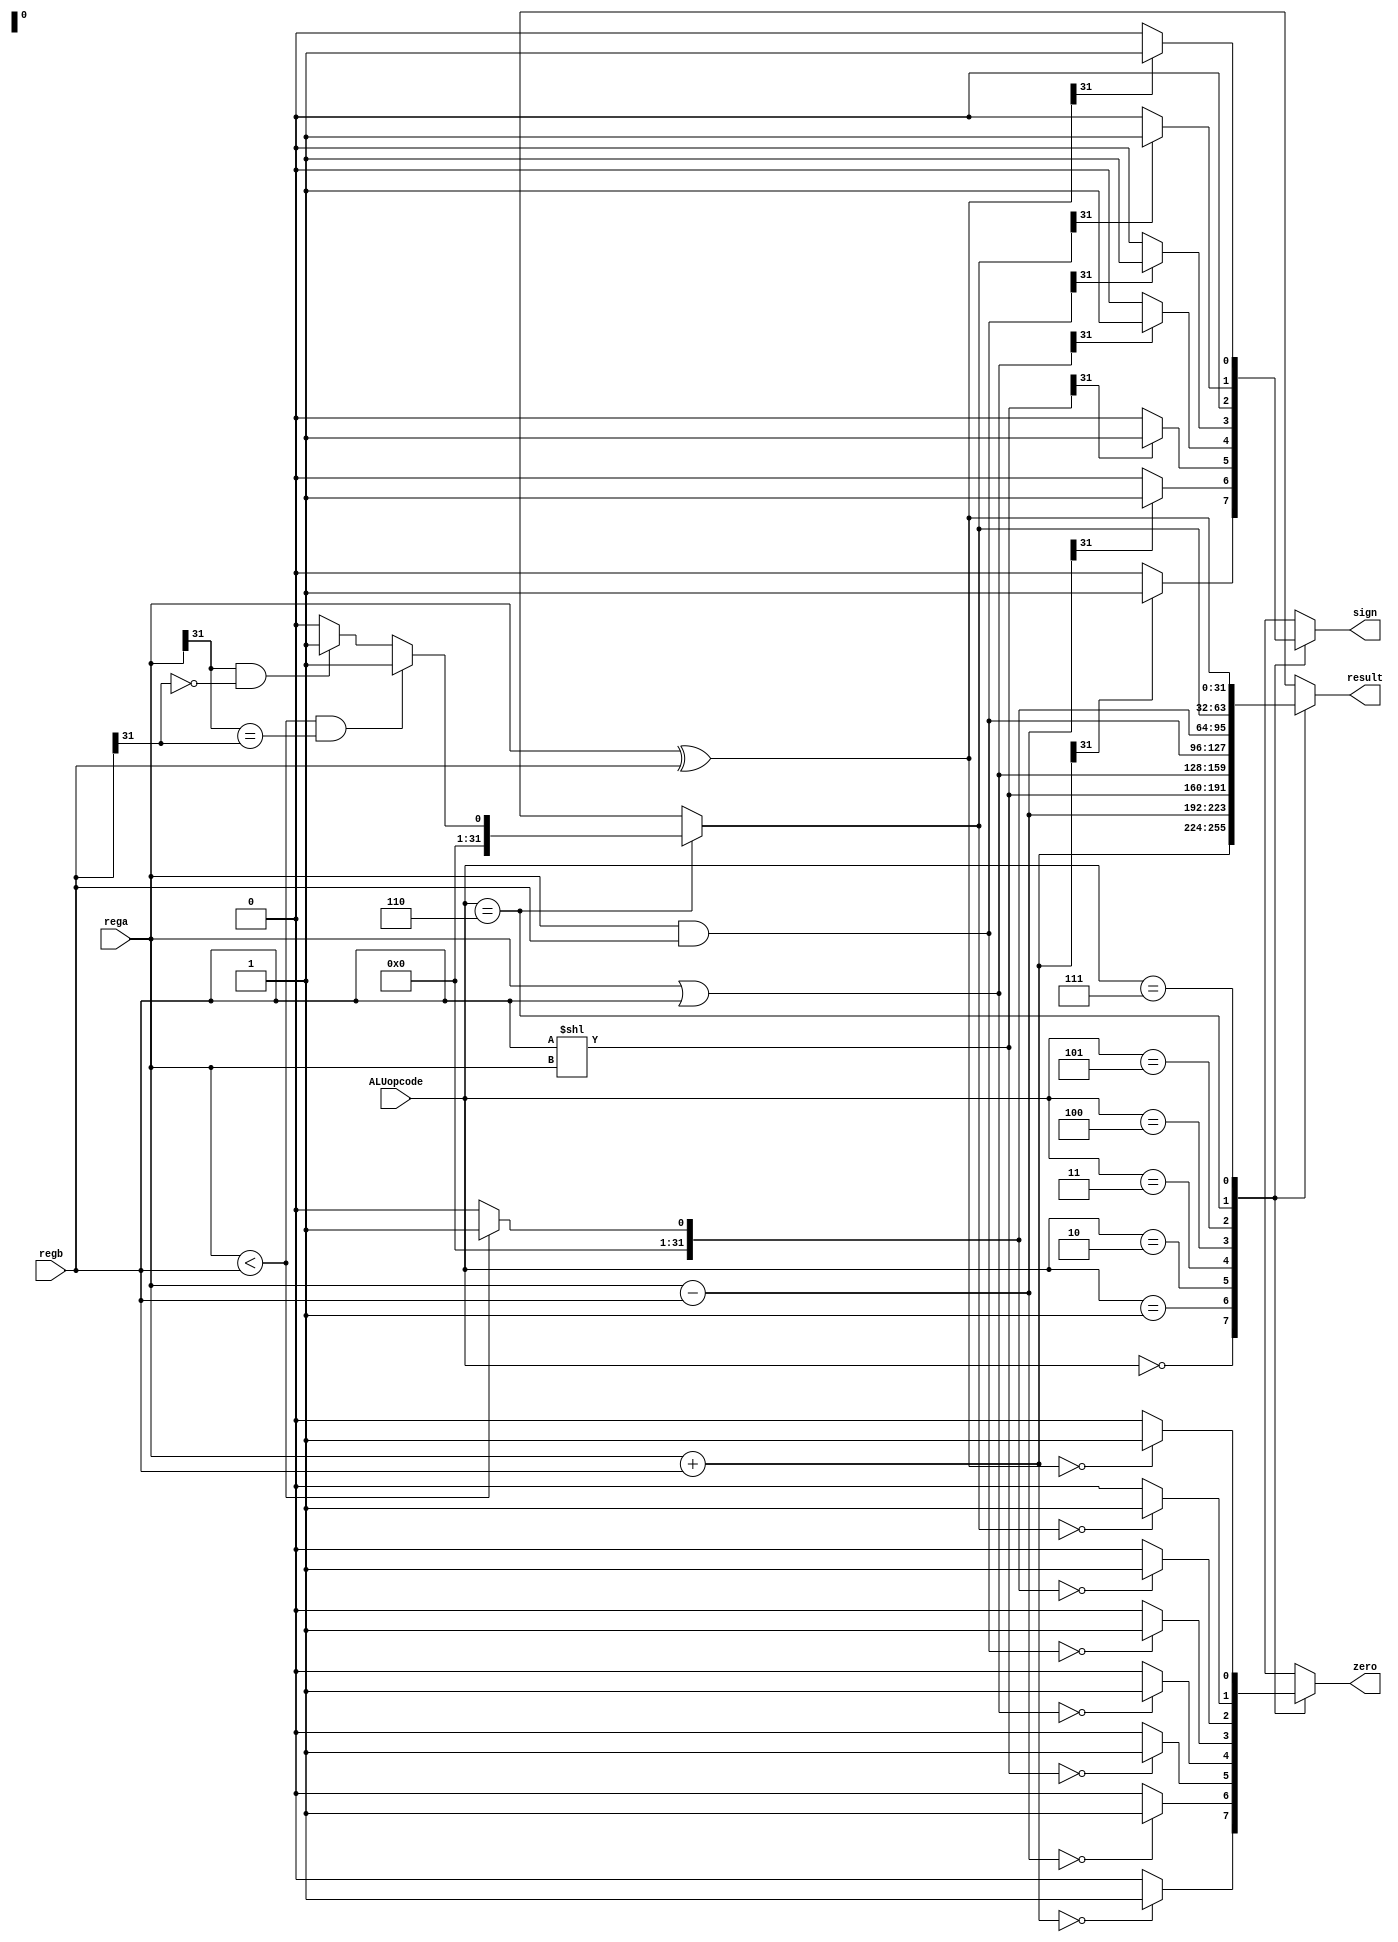
`timescale 1ns / 1ps

module ALU(
    input [31:0] rega, 
    input [31:0] regb,
    input [2:0] ALUopcode,
    output reg zero,
    output reg sign,
    output reg [31:0] result
    );

    always @( ALUopcode or rega or regb ) begin
        case (ALUopcode)
        3'b000 : begin //a + b
                    result = rega + regb;
                    zero = (result == 0)? 1 : 0;
                    sign = (result[31] == 0)? 0 : 1;
                end
        3'b001 : begin //a - b 
                    result = rega - regb;
                    zero = (result == 0)? 1 : 0;
                    sign = (result[31] == 0)? 0 : 1;
        end
        3'b010 : begin // b << a
                    result = regb << rega;
                    zero = (result == 0)? 1 : 0;
                    sign = (result[31] == 0)? 0 : 1;
        end
        3'b011 : begin // a | b
                    result = rega | regb;
                    zero = (result == 0)? 1 : 0;
                    sign = (result[31] == 0)? 0 : 1;
        end
        3'b100 : begin // a & b
                    result = rega & regb;
                    zero = (result == 0)? 1 : 0;
                    sign = (result[31] == 0)? 0 : 1;
        end
        3'b101 : begin // a < b
                   result = (rega < regb)?1:0;  
                   zero = (result == 0)? 1 : 0;
                   sign = (result[31] == 0)? 0 : 1;
       end
        3'b110 : begin // blt,bltz
            if(rega < regb && (rega[31] == regb[31]))result = 1;
            else if (rega[31] == 1 && regb[31] == 0) result = 1;
            else result = 0;
            zero = (result == 0)? 1 : 0;
            sign = (result[31] == 0)? 0 : 1;
        end
        3'b111 : begin //xori
            result = rega ^ regb;
            zero = (result == 0)? 1 : 0;
            sign = (result[31] == 0)? 0 : 1;
        end
        default : begin
            result = 32'h00000000;
            $display (" no match");
        end
        endcase
    end
endmodule